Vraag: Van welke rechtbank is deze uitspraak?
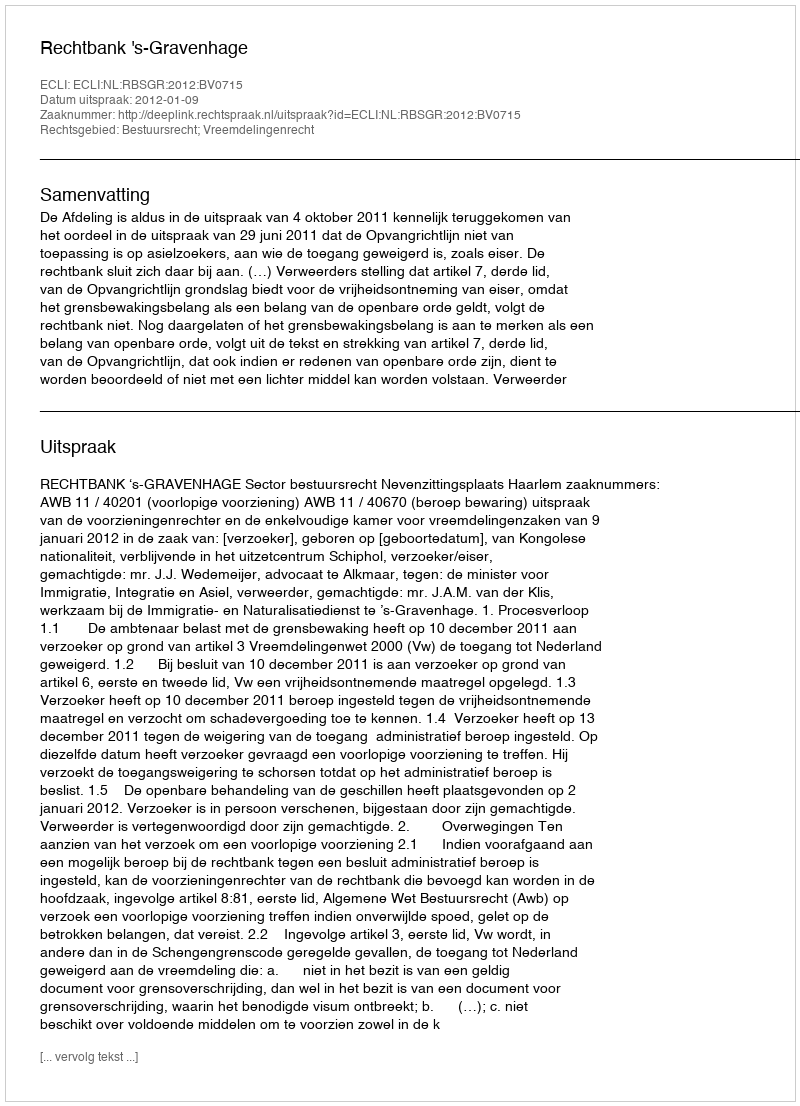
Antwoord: Rechtbank 's-Gravenhage